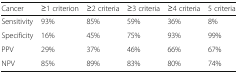
<table><thead><tr><td><b>Cancer</b></td><td><b>≥1 criterion</b></td><td><b>≥2 criteria</b></td><td><b>≥3 criteria</b></td><td><b>≥4 criteria</b></td><td><b>5 criteria</b></td></tr></thead><tbody><tr><td>Sensitivity</td><td>93%</td><td>85%</td><td>59%</td><td>36%</td><td>8%</td></tr><tr><td>Specificity</td><td>16%</td><td>45%</td><td>75%</td><td>93%</td><td>99%</td></tr><tr><td>PPV</td><td>29%</td><td>37%</td><td>46%</td><td>66%</td><td>67%</td></tr><tr><td>NPV</td><td>85%</td><td>89%</td><td>83%</td><td>80%</td><td>74%</td></tr></tbody></table>